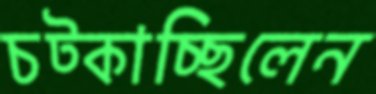
চট্‌কাচ্ছিলেন